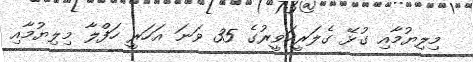
މިލިޔުމާއި ގުޅޭ ގެލަރީހަވީރުގެ 35 ވަނަ އަހަރީ ހަފްލާ މިލިޔުމާއި